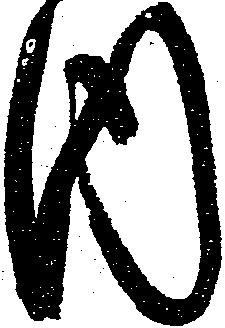
内